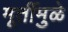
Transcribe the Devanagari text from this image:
मूर्तीमुळे